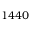
{ 1 4 4 0 }